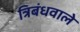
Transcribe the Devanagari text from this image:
त्रिबंधवाले